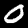
Label: 0